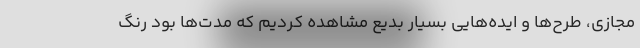
مجازی، طرح‌ها و ایده‌هایی بسیار بدیع مشاهده کردیم که مدت‌ها بود رنگ